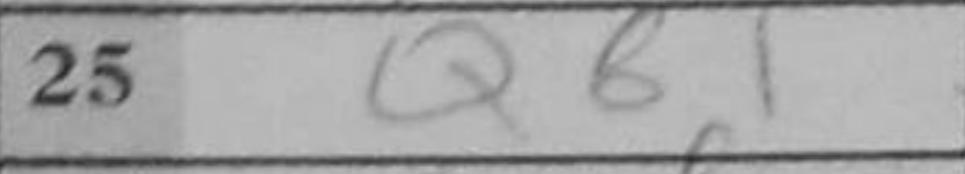
Transcription: Qb1